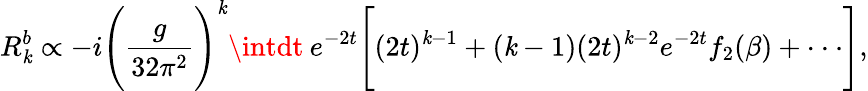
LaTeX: R_{\mathit{k}}^{b}\propto-i\Bigg(\frac{{g}}{{32\pi^{2}}}\Bigg)^{\mathit{k}}\intdt\: e^{-2t}\Bigg[(2t)^{\mathit{k}-1}+(\mathit{k}-1)(2t)^{\mathit{k}-2}e^{-2t}f_{2}(\beta)+\cdot\cdot\cdot\Bigg],